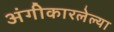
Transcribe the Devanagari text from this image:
अंगीकारलेल्या